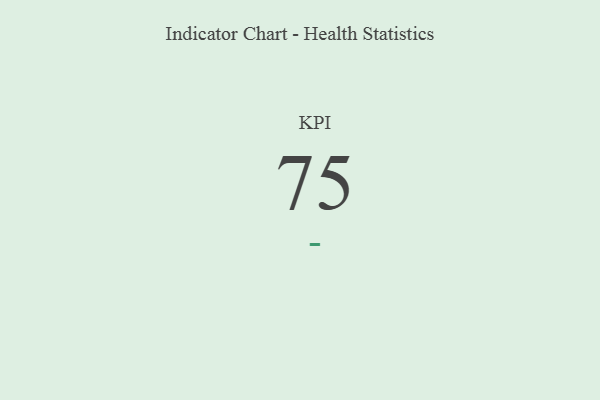
{"axis": {"x": "KPI", "y": "Value"}, "legend": [""], "data": [{"x": "KPI", "y": 75, "type": ""}]}